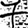
Digit: 7